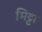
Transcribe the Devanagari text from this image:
मिट्टा